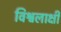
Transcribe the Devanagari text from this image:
विश्वलाक्षी